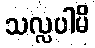
သလ္လပါမိ